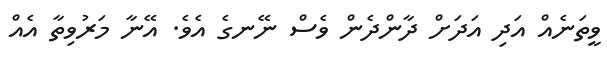
ވީތަނެއް އަދި އަދަށް ދާންދެން ވެސް ނޭނގެ އެވެ. އޭނާ މަރުވިތާ އެއް